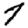
Digit: 7